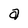
Character: a